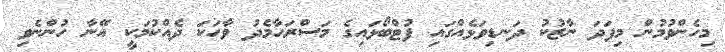
މިހެންވުމުން މިފަދަ ނާޒުކު ދަނޑިވަޅެއްގައި ފުޓްބޯޅައިގެ މަސްރަހާމެދު ވާހަކަ ދެއްކުމަކީ އޭނާ ހުންނެވި